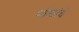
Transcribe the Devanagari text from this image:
थोड्यांचे